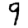
Digit: 9